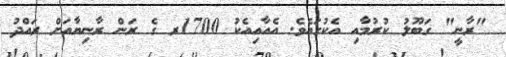
"ރާނީ" ގަބޫލު ކުރުމާއި އެކުގައެވެ. އެއާއިއެކު 1700ރ ގެ ރަން ރާނިޔާއަށް ރައްދު